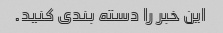
این خبر را دسته بندی کنید.